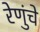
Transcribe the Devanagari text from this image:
रेणुंचे